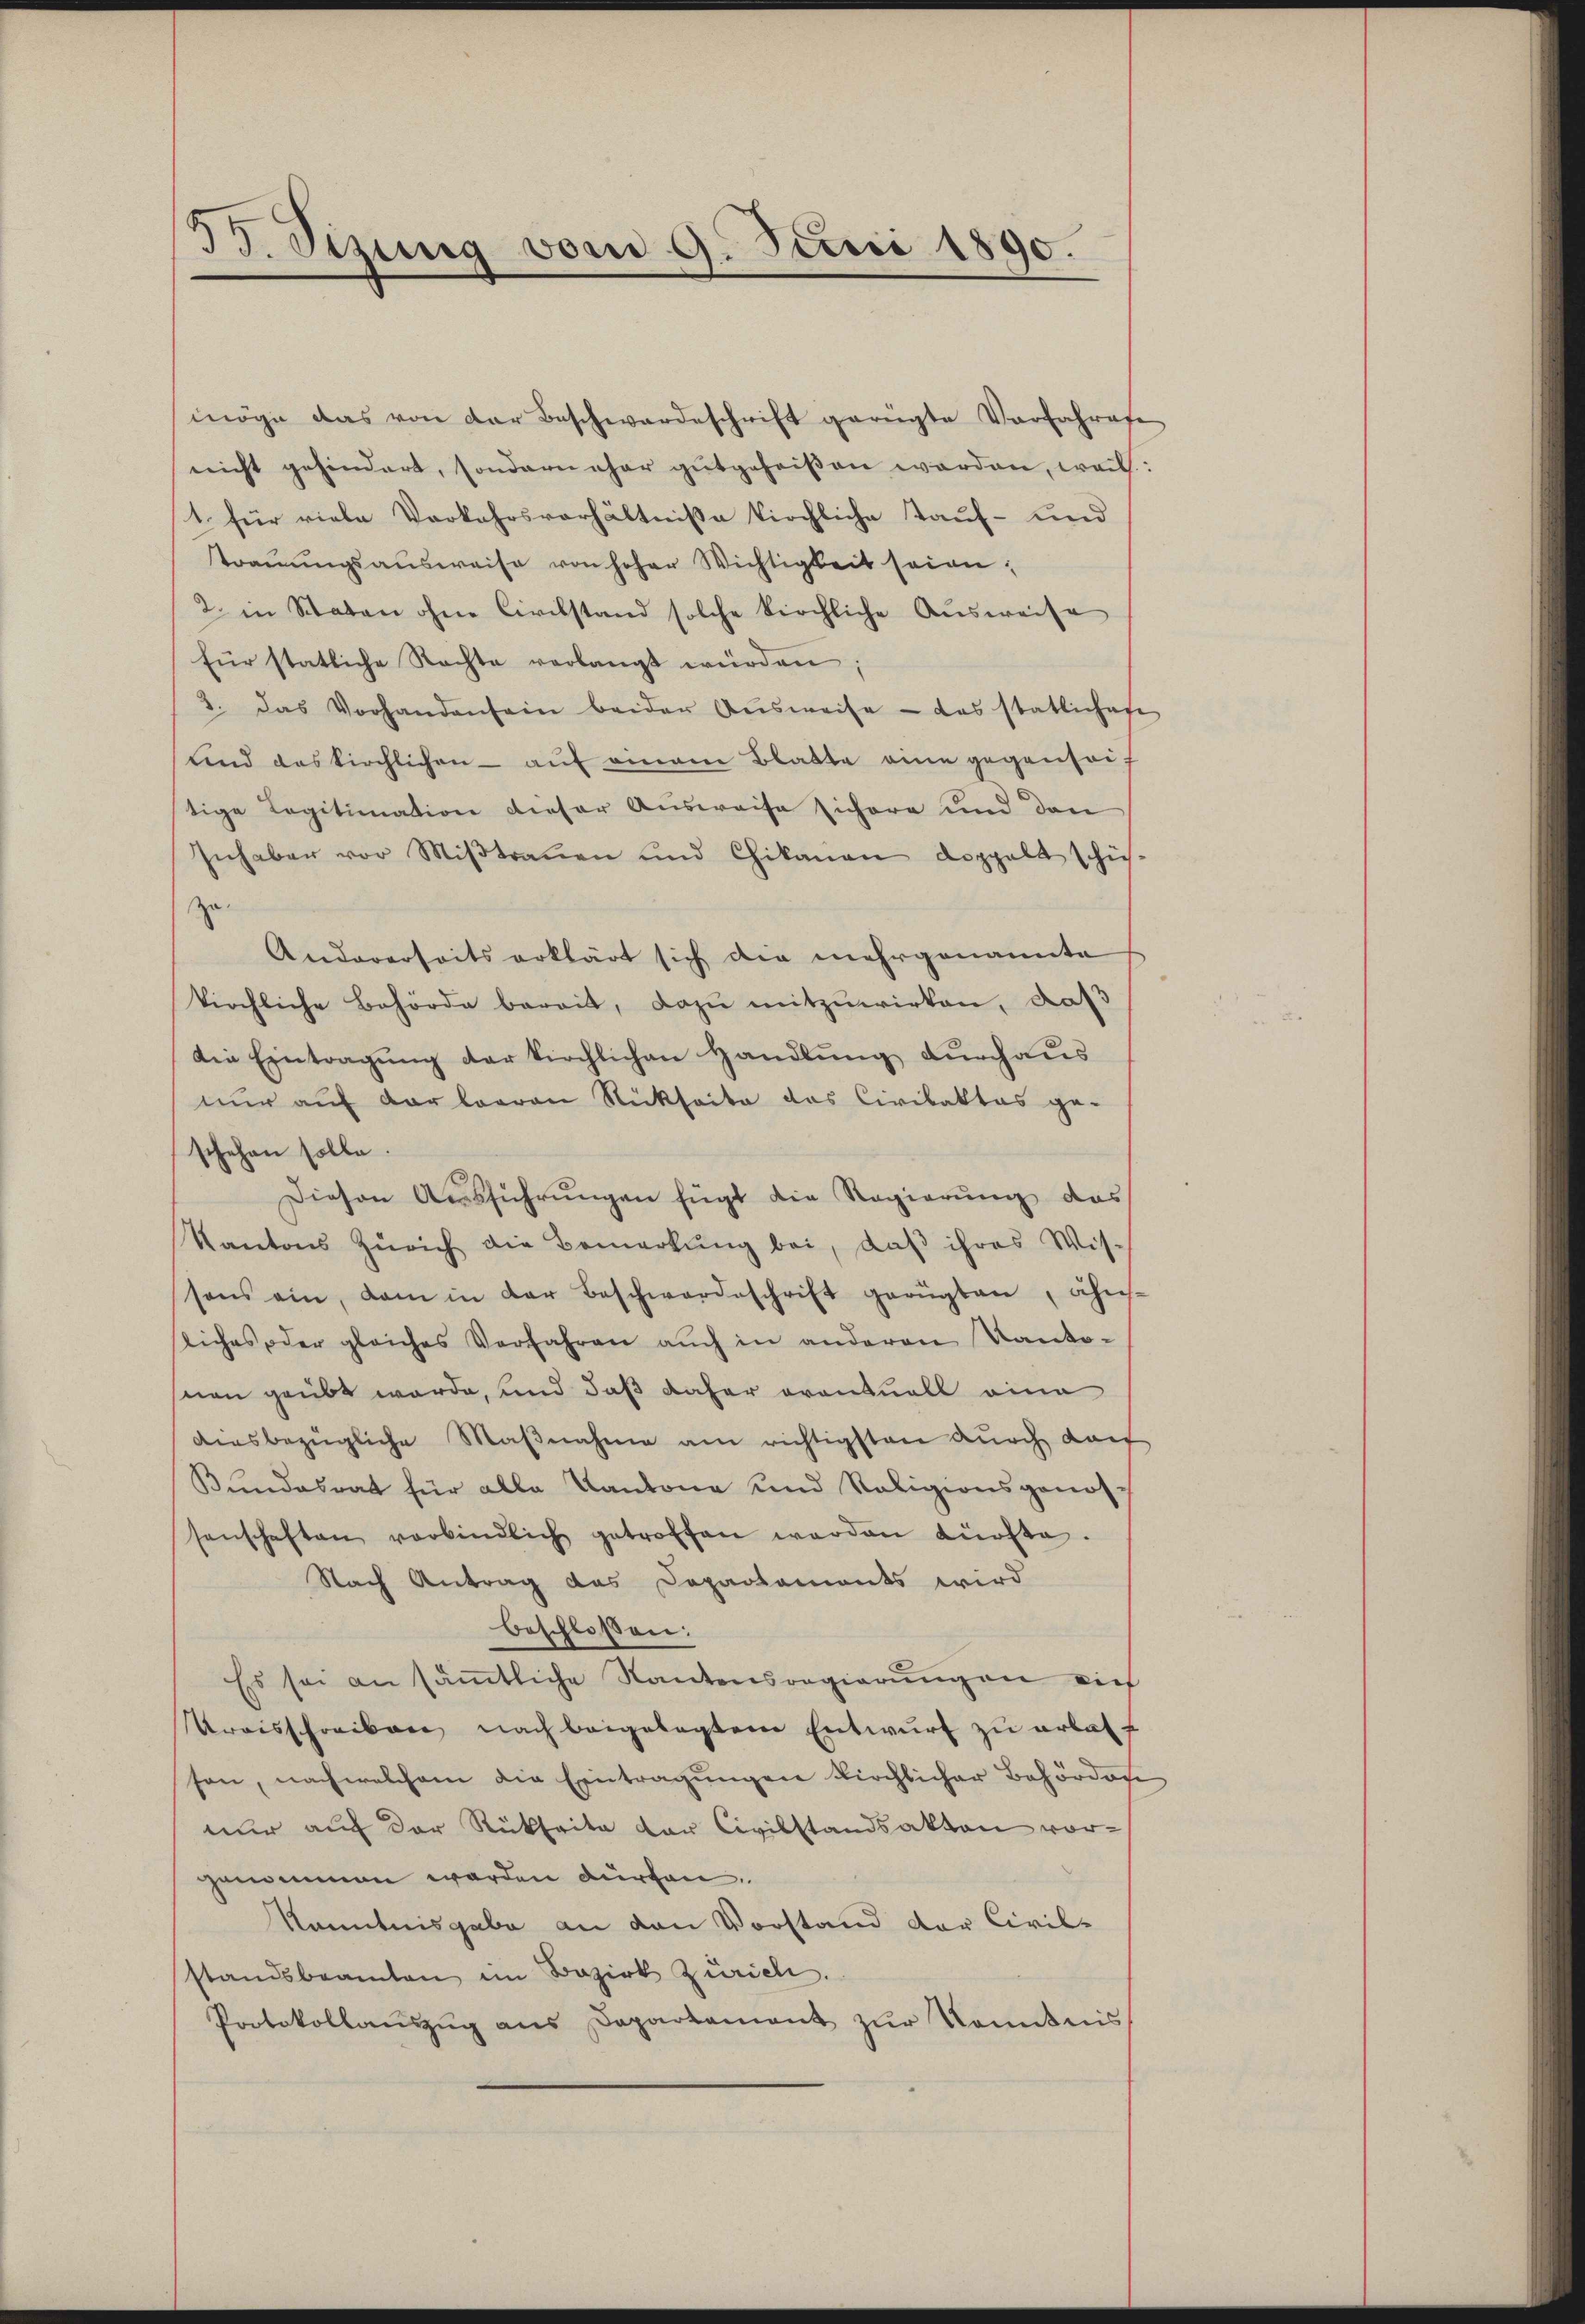
33. Szung vom 9. Juni 1890.

möge das von der Beschwardeschrift gerügte Vorfahrese
nicht gehindert, sondern eher gutgeheißen werden, weil:
1. für viele Vorkehrsverhältnisse kirchliche Tauf- und
traŭŭngsausweise von hoher Wichtigkeit seien;
2. in Staten ohne Civilstand solche kirchliche Ausweise
für statliche Rechte verlangt würden;
2. das Vorhandensein beider Aŭsweise - das statliches
und das kirchlichen aŭf einem Blatte eine gegenseistige Legitimation dieser Ausweise sichere und den
Inhaber vor Miβtraŭen und Chikanen doppelt schüh-
zu
Andererseits erklärt sich die mehrgenannte
kirchliche Behörde bereit, dazu mitzuwirken, daß
die Eintragung der kirchlichen Handlung durchaus
nur auf der baaren Rückseite das Civilaktes ge-
schehen solle.
Diesen Aŭsführŭngen fügt die Regierŭng das
Kantons Zürich die Bemerkŭng bei, daβ ihres Wissons ein, dam in der Beschwerdeschrift gerügten, ähn-
liches oder gleiches Verfahren aŭch in anderen Kanto-
snen geübt werde, und daß daher eventuell eine
aiesbezügliche Maβnahme am richtigsten dŭrch darf
Bŭndesrat für alle Kantone und Religionsgenossenschaften verbindlich getroffen werden dürfte.
Nach Antrag das Departaments wird
beschloßen:
Es sei an sämmtliche Kantonsregierungen vie
Kraisschreiben nach beigelegtem Entwurf zu erlassen, nach welchem die Eintragungen kirchlicher Behörder
nur auf der Rückseite der Civilstandsakten vorgenommen werden dürfen.
Kenntnisgabe an den Vorstand der Civil-
standsbeamten im Bezirk Zürich.
Protokollaŭszŭg ans Departement zŭr Kenntnis